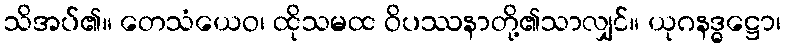
သိအပ်၏။ တေသံယေဝ၊ ထိုသမထ ဝိပဿနာတို့၏သာလျှင်။ ယုဂနဒ္ဓဋ္ဌော၊